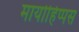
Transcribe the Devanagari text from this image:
मायोहिप्पस